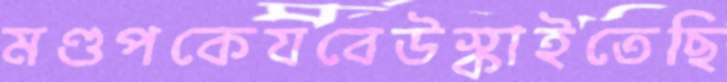
মণ্ডপকেযবেউস্‌কাইতেছি